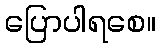
ပြောပါရစေ။